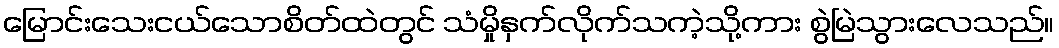
မြောင်းသေးငယ်သောစိတ်ထဲတွင် သံမှိုနှက်လိုက်သကဲ့သို့ကား စွဲမြဲသွားလေသည်။